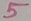
Text: 5